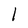
Character: l